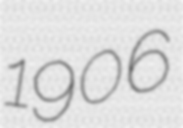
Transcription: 1906